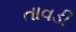
તાવડી